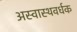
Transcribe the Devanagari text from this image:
अस्वास्थवर्धक